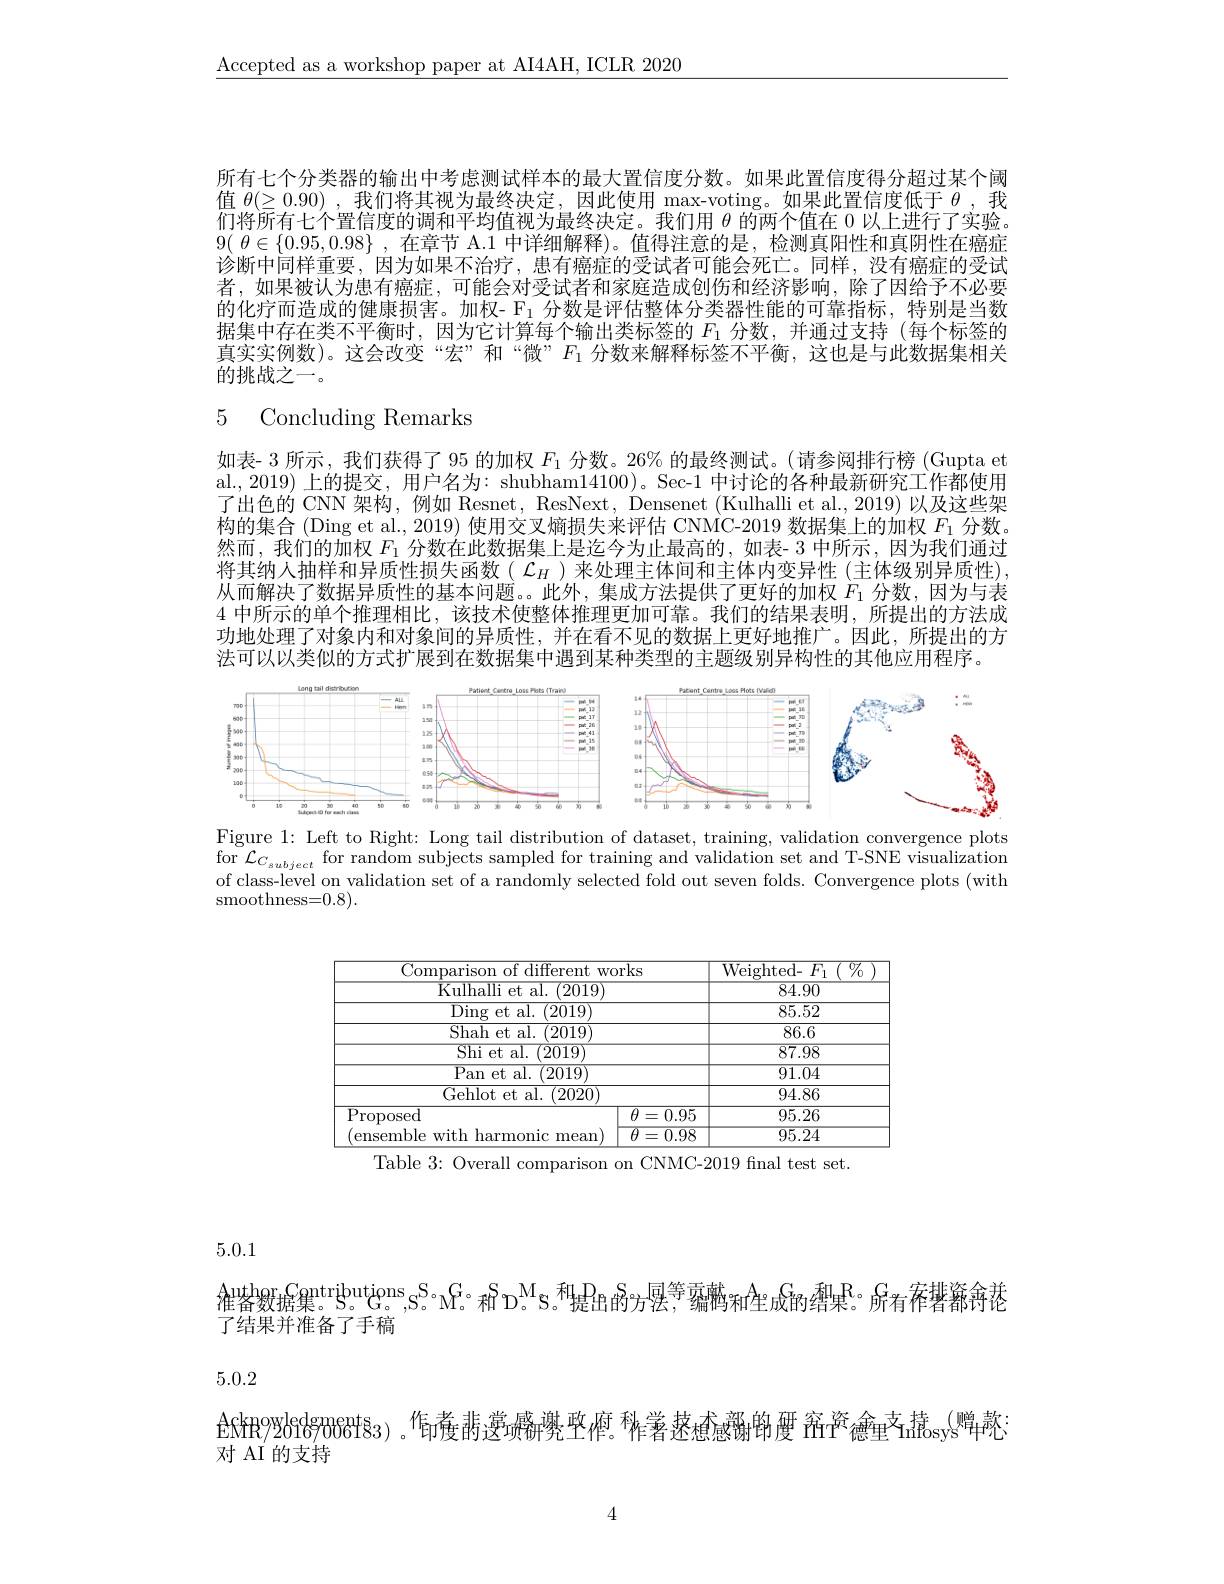
$\underline{\mathrm{Accepted~as~a~workshop~paper~at~AI4AH,~ICLR~2020}}$

所有七个分类器的输出中考虑测试样本的最大置信度分数。如果此置信度得分超过某个阈值$\theta(\geq0.90)$ ,我们将其视为最终决定，因此使用 max-voting。如果此置信度低于$\theta$ ,我们将所有七个置信度的调和平均值视为最终决定。我们用$\theta$的两个值在 0 以上进行了实验。9( $\theta \in \{ 0. 95, 0. 98\}$ , 在章节 A.1 中详细解释)。值得注意的是，检测真阳性和真阴性在癌症诊断中同样重要，因为如果不治疗，患有癌症的受试者可能会死亡。同样，没有癌症的受试者，如果被认为患有癌症，可能会对受试者和家庭造成创伤和经济影响，除了因给予不必要的化疗而造成的健康损害。加权- $\mathcal{F}_1$分数是评估整体分类器性能的可靠指标，特别是当数据集中存在类不平衡时，因为它计算每个输出类标签的$F_{1}$分数，并通过支持 (每个标签的真实实例数)。这会改变“宏”和“微”$F_{1}$分数来解释标签不平衡，这也是与此数据集相关的挑战之一。

### 5 Concluding Remarks

如表- 3 所示 , 我们获得了 95 的加权$F_1$分数。26% 的最终测试。(请参阅排行榜 (Gupta et al.,2019) 上的提交，用户名为：shubham14100)。Sec-1 中讨论的各种最新研究工作都使用了出色的 CNN 架构，例如 Resnet, ResNext, Densenet (Kulhalli et al., 2019) 以及这些架构的集合 (Ding et al., 2019) 使用交叉熵损失来评估 CNMC-2019 数据集上的加权$F_{1}$分数。然而，我们的加权$F_1$分数在此数据集上是迄今为止最高的，如表- 3 中所示，因为我们通过将其纳人抽样和异质性损失函数( $\mathcal{L}_H$ )来处理主体间和主体内变异性 (主体级别异质性), 从而解决了数据异质性的基本问题。此外，集成方法提供了更好的加权$F_{1}$分数，因为与表4 中所示的单个推理相比，该技术使整体推理更加可靠。我们的结果表明，所提出的方法成功地处理了对象内和对象间的异质性，并在看不见的数据上更好地推广。因此，所提出的方法可以以类似的方式扩展到在数据集中遇到某种类型的主题级别异构性的其他应用程序。

200+ $\frac{10}{20}$ $\frac{10}{20}$ $\frac{10}{20}$ $\frac{10}{200}+$
<FigureHere>
$\frac{1}{2} 430$ $\frac{2}{2} 300$ $\frac{1}{2} 290$

Figure 1: Left to Right: Long tail distribution of dataset, training, validation convergence plots $\operatorname{for}{\mathcal{L}}_{C_{subject}}$ for random subjects sampled for training and validation set and T-SNE visualization of class-level on validation set of a randomly selected fold out seven folds. Convergence plots (with smoothness=0.8).

<table>
	<tbody>
		<tr>
			<th>Comparison of different $5We$</th>
			<th>${\mathrm{Weighted-~}F_{1}(\%)}$</th>
		</tr>
		<tr>
			<td>${\mathrm{Kulhalli~et~al.~}(2019)}$</td>
			<td>$\overline{84.90}$</td>
		</tr>
		<tr>
			<td>${\mathrm{Ding~et~al.~}(2019)}$</td>
			<td>85.52</td>
		</tr>
		<tr>
			<td>Shah et al. (2019)</td>
			<td>86.6</td>
		</tr>
		<tr>
			<td>Shi et al. (2019)</td>
			<td>$\overline{87.98}$</td>
		</tr>
		<tr>
			<td>Pan et al.  (2019)</td>
			<td>91.04</td>
		</tr>
		<tr>
			<td>Gehlot et al. (2020)</td>
			<td>94.86</td>
		</tr>
		<tr>
			<td>$\overline{\mathrm{Proposed}}$</td>
			<td>95.26</td>
		</tr>
		<tr>
			<td>ensemble with harmonic ${:\mathrm{mean}}$</td>
			<td>$\overline{95.24}$</td>
		</tr>
	</tbody>
</table>
Table 3: Overall comparison on CNMC-2019 final test set.

5.0.1

$\text{ 維崙毅据集。}^{\mathrm{Gantributjons}}$,S。$^{\mathrm{S}}$M。和$^\mathrm{M}$S。$^\text{和 }$B。$^\mathrm{S}$。和$^\mathrm{A}$S。$^\mathrm{G}$提出的方县，$^\mathrm{g}$霸槽和生成$^\mathrm{G}$的$^\mathrm{A}$。$^\mathrm{G}$有$^\mathrm{ar}$著籍舟花
了结果并准备了手稿

5.0.2

ENfR926187006ts$_{3)}$。作者 持遵塽耕凳亟儕。稚薯速愈感谢铭赝 窋予惫垂$^{\text{支持}}$osys$^{(\text{赠}4)}$

对 AI 的支持

4